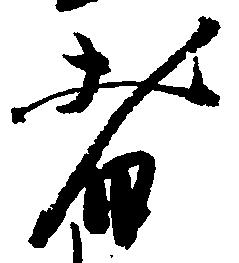
者